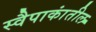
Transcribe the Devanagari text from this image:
स्वैपाकांतील